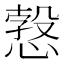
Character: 𢟥